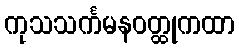
ကုသသင်္ကမနဝတ္ထုကထာ